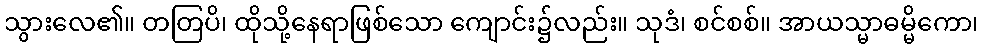
သွားလေ၏။ တတြပိ၊ ထိုသို့နေရာဖြစ်သော ကျောင်း၌လည်း။ သုဒံ၊ စင်စစ်။ အာယသ္မာဓမ္မိကော၊